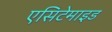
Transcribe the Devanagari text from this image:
एसिटेमाइड